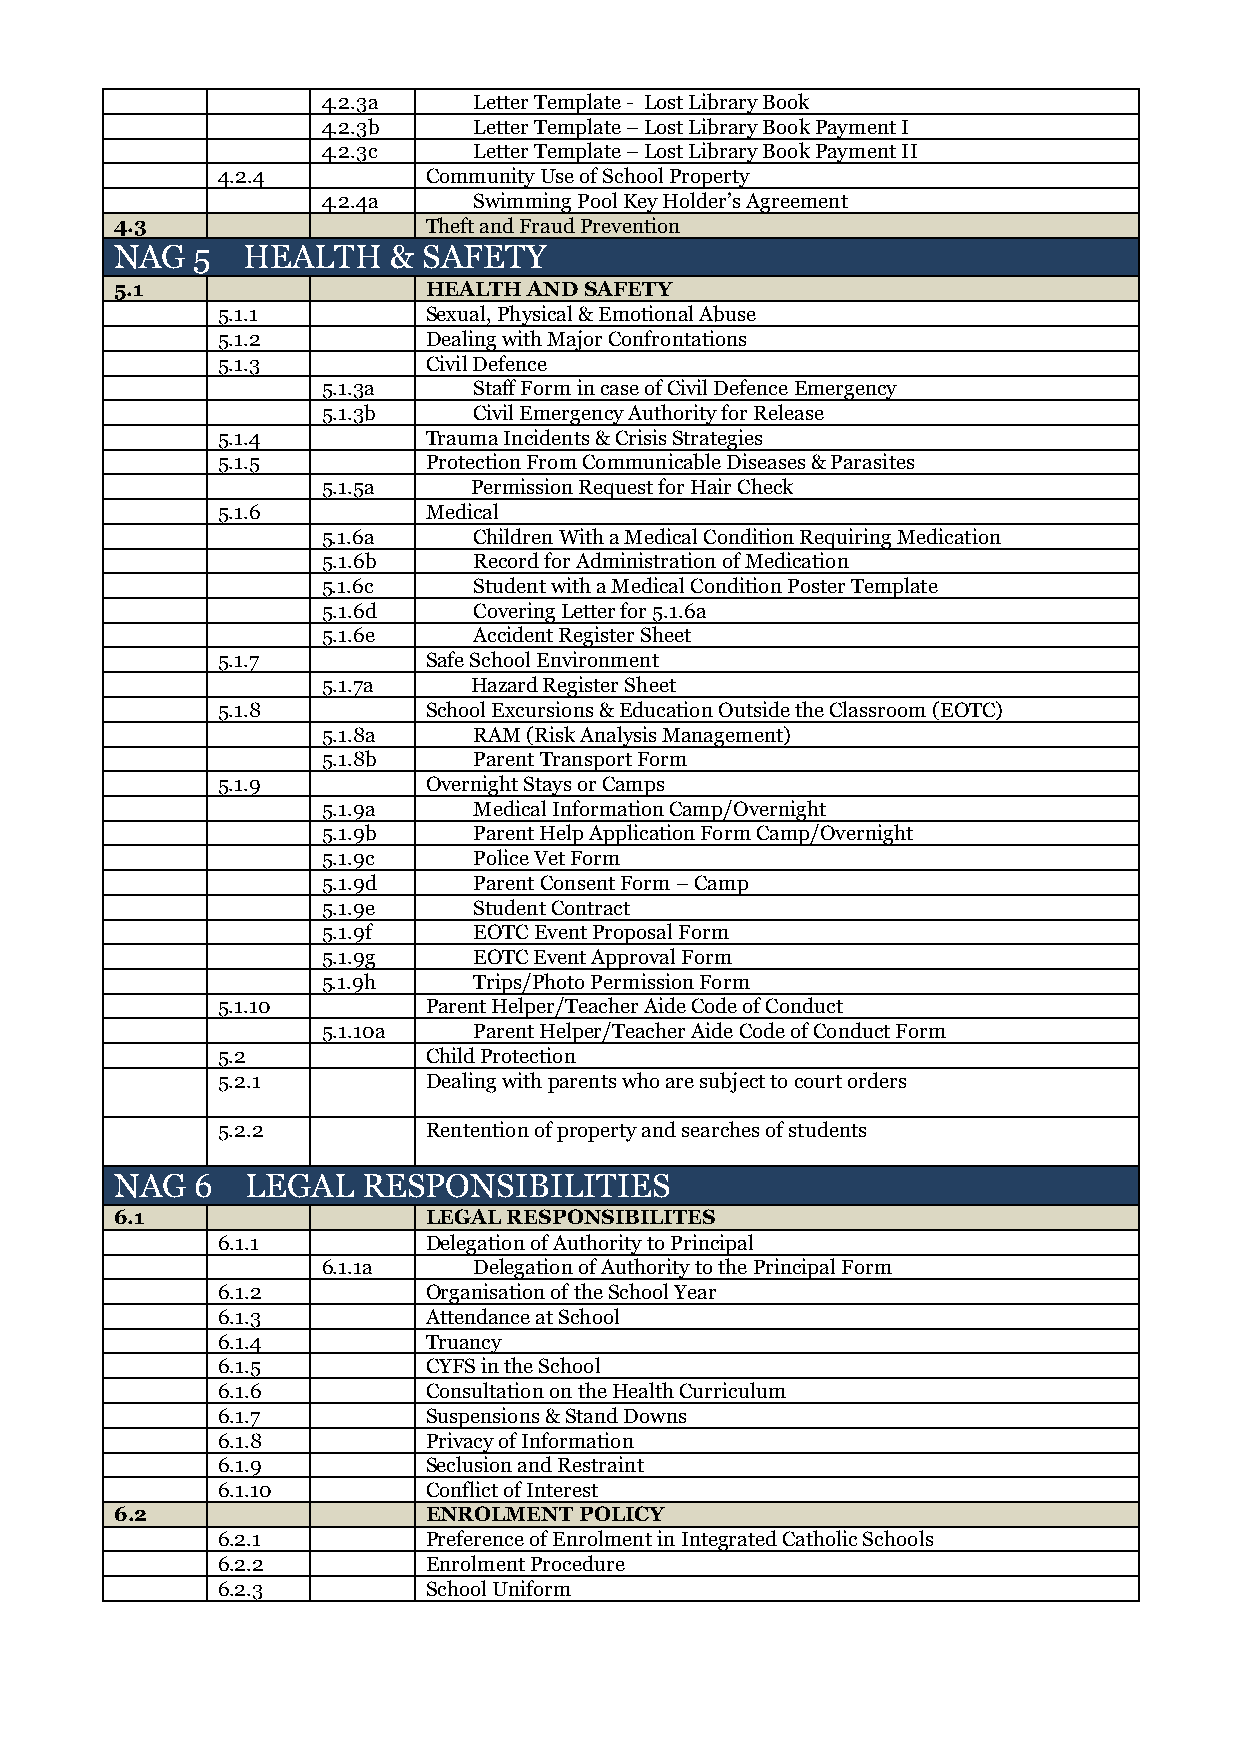
4.2.3a    Letter Template - Lost Library Book
 4.2.3b    Letter Template – Lost Library Book Payment I
 4.2.3c    Letter Template – Lost Library Book Payment II
 4.2.4         Community Use of School Property
 4.2.4a    Swimming Pool Key Holder’s Agreement
 4.3                 Theft and Fraud Prevention
 NAG  5  HEALTH    & SAFETY
 5.1                 HEALTH AND SAFETY
 5.1.1         Sexual, Physical & Emotional Abuse
 5.1.2         Dealing with Major Confrontations
 5.1.3         Civil Defence
 5.1.3a    Staff Form in case of Civil Defence Emergency
 5.1.3b    Civil Emergency Authority for Release
 5.1.4         Trauma Incidents & Crisis Strategies
 5.1.5         Protection From Communicable Diseases & Parasites
 5.1.5a    Permission Request for Hair Check
 5.1.6         Medical
 5.1.6a    Children With a Medical Condition Requiring Medication
 5.1.6b    Record for Administration of Medication
 5.1.6c    Student with a Medical Condition Poster Template
 5.1.6d    Covering Letter for 5.1.6a
 5.1.6e    Accident Register Sheet
 5.1.7         Safe School Environment
 5.1.7a    Hazard Register Sheet
 5.1.8         School Excursions & Education Outside the Classroom (EOTC)
 5.1.8a    RAM (Risk Analysis Management)
 5.1.8b    Parent Transport Form
 5.1.9         Overnight Stays or Camps
 5.1.9a    Medical Information Camp/Overnight
 5.1.9b    Parent Help Application Form Camp/Overnight
 5.1.9c    Police Vet Form
 5.1.9d    Parent Consent Form – Camp
 5.1.9e    Student Contract
 5.1.9f    EOTC Event Proposal Form
 5.1.9g    EOTC Event Approval Form
 5.1.9h    Trips/Photo Permission Form
 5.1.10        Parent Helper/Teacher Aide Code of Conduct
 5.1.10a   Parent Helper/Teacher Aide Code of Conduct Form
 5.2           Child Protection
 5.2.1         Dealing with parents who are subject to court orders
 5.2.2         Rentention of property and searches of students
 NAG  6  LEGAL   RESPONSIBILITIES
 6.1                 LEGAL RESPONSIBILITES
 6.1.1         Delegation of Authority to Principal
 6.1.1a    Delegation of Authority to the Principal Form
 6.1.2         Organisation of the School Year
 6.1.3         Attendance at School
 6.1.4         Truancy
 6.1.5         CYFS in the School
 6.1.6         Consultation on the Health Curriculum
 6.1.7         Suspensions & Stand Downs
 6.1.8         Privacy of Information
 6.1.9         Seclusion and Restraint
 6.1.10        Conflict of Interest
 6.2                 ENROLMENT POLICY
 6.2.1         Preference of Enrolment in Integrated Catholic Schools
 6.2.2         Enrolment Procedure
 6.2.3         School Uniform